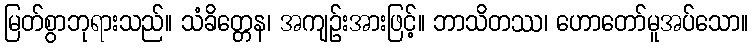
မြတ်စွာဘုရားသည်။ သံခိတ္တေန၊ အကျဉ်းအားဖြင့်။ ဘာသိတဿ၊ ဟောတော်မူအပ်သော။